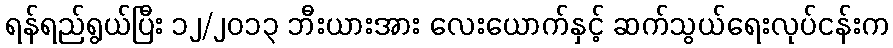
ရန်ရည်ရွယ်ပြီး ၁၂/၂၀၁၃ ဘီးယားအား လေးယောက်နှင့် ဆက်သွယ်ရေးလုပ်ငန်းက